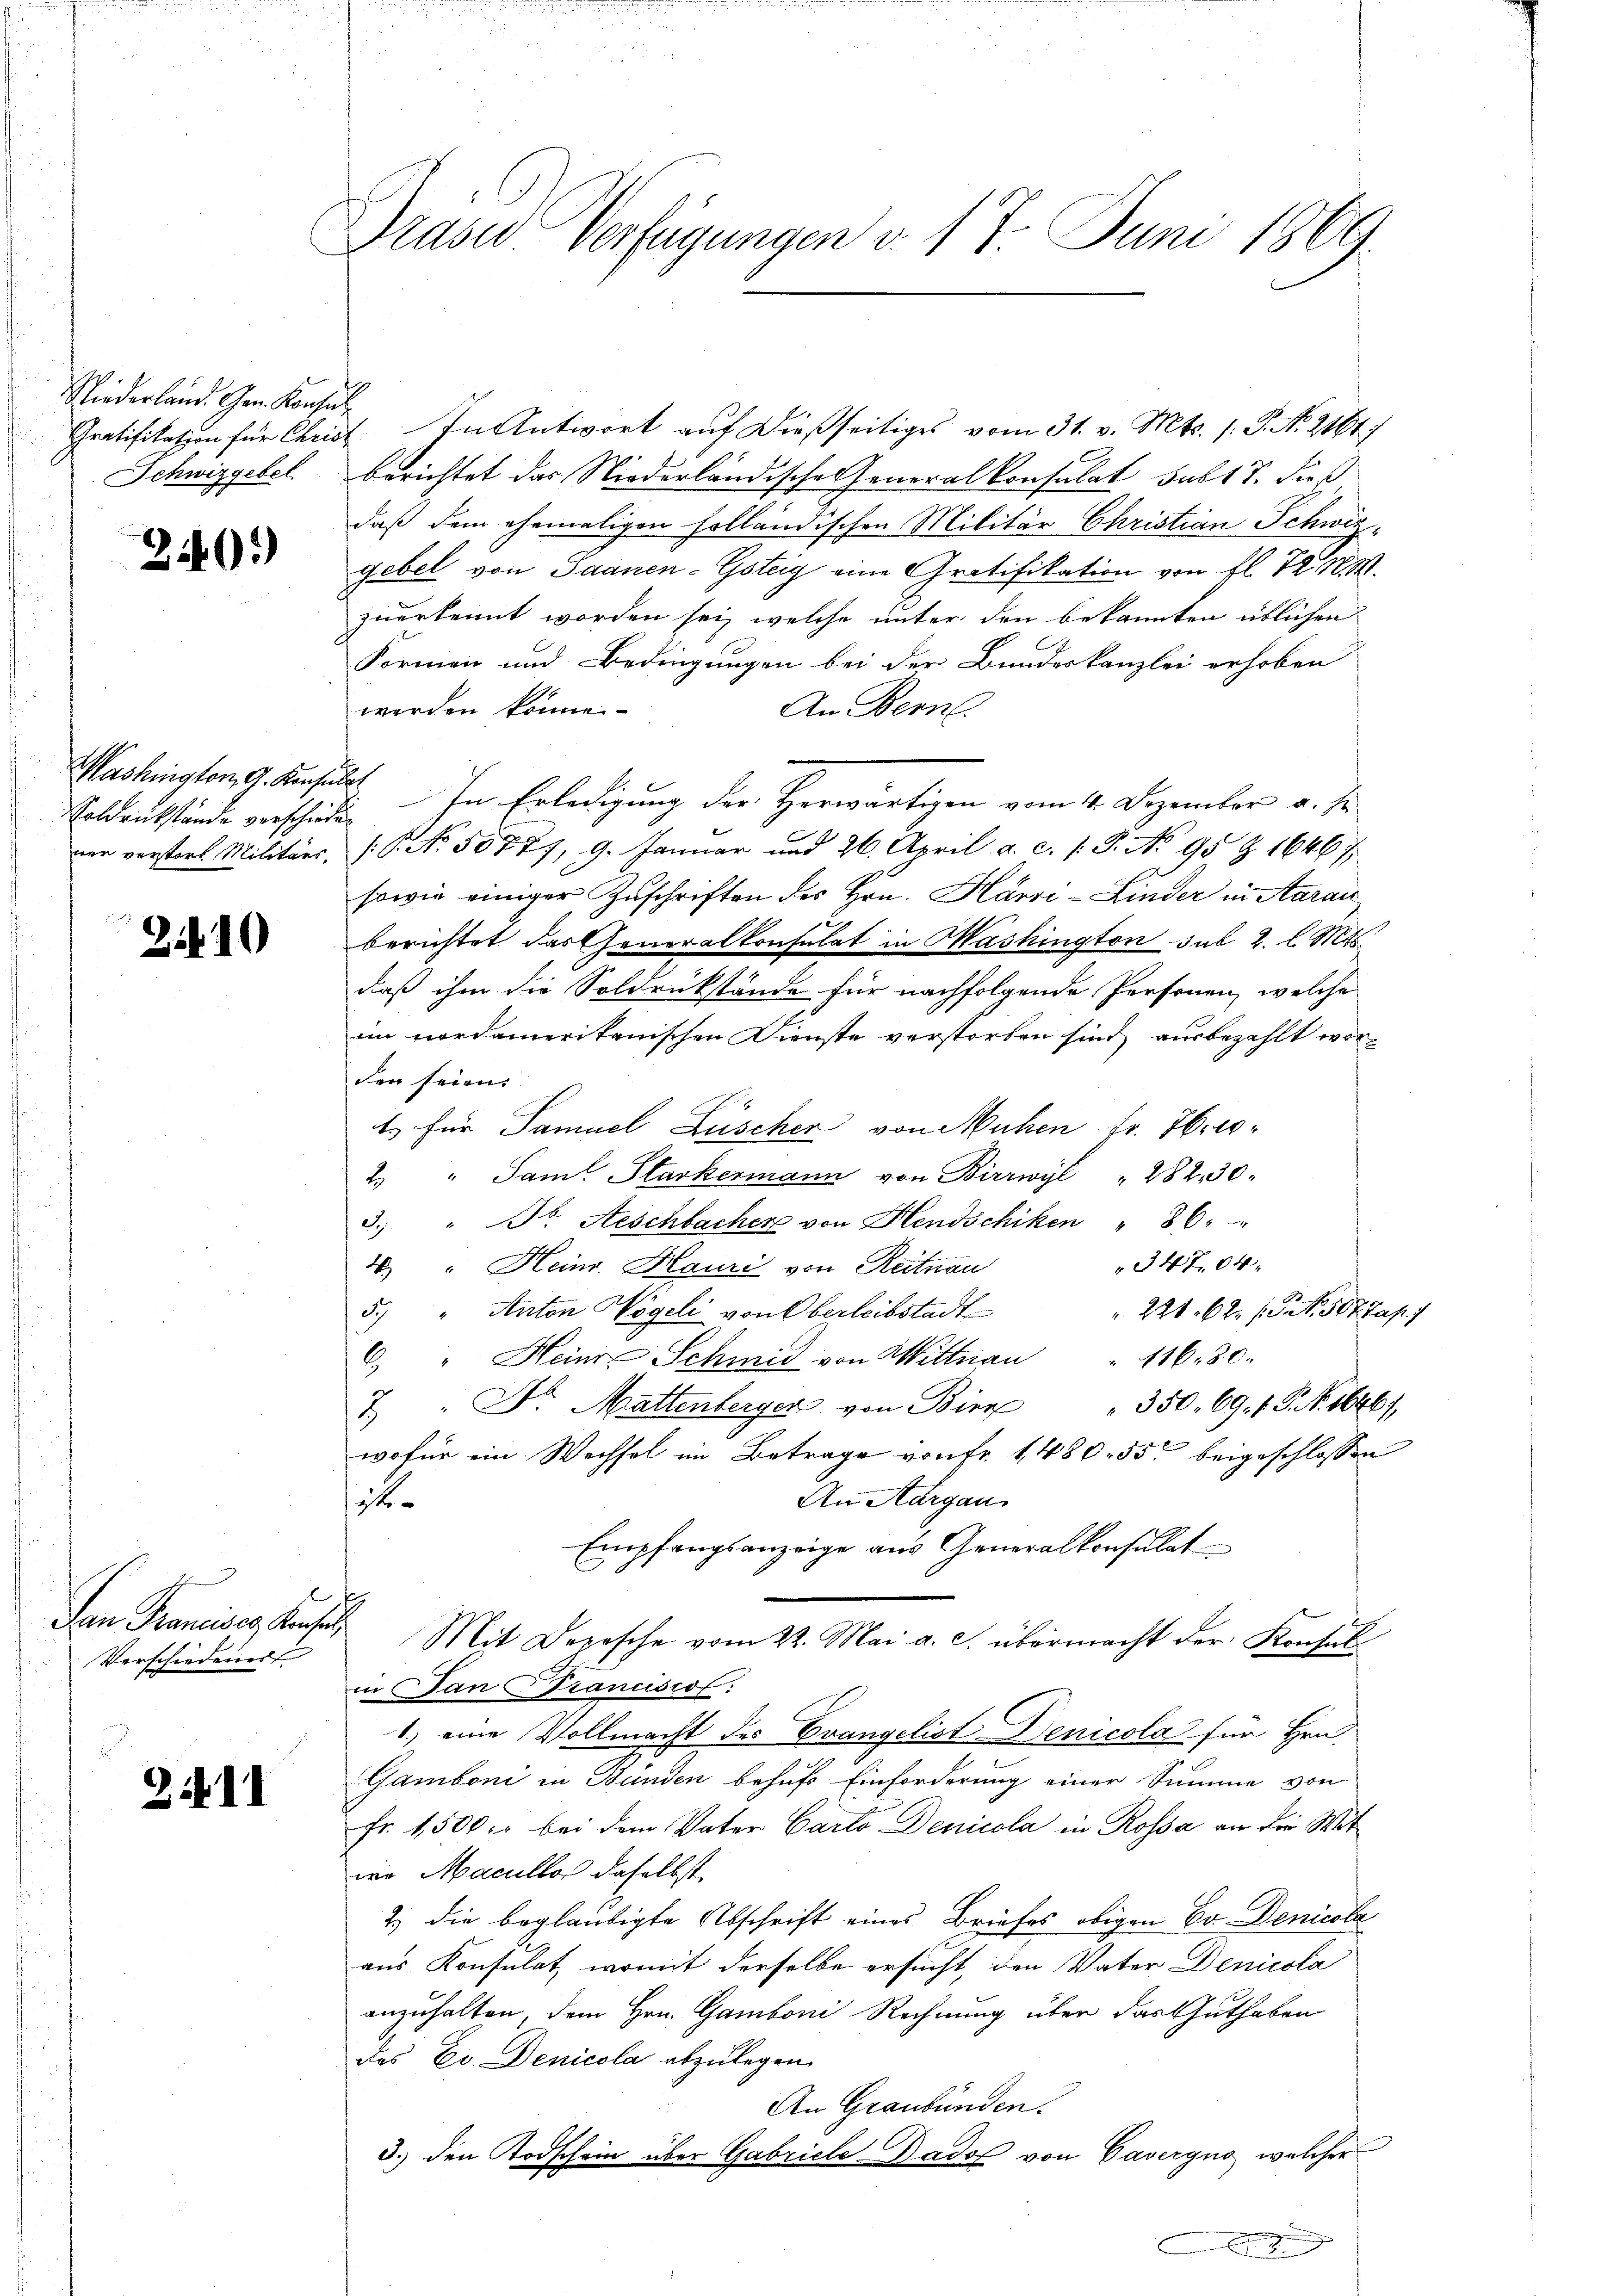
Niederland. Gen. Konse
Gratifikation für Chris
Schwizgebet

240)

Mashington G. Konsen.
Soldrückstände verschied
ner verstorf Militärs,

2410

Jan Francises Konsul
Verschiedener

2.II

Grand Verfügungen v. 17. Juni 1869.

1. In Antwort auf dießseitiges vom 31. v. Mts. 1. P. Nr. 2161)
berichtet das Niederländische Generalkonsulat habt 7. dieß
daß dem ehemaligen holländischen Militär Christian Schwizgebet von Saanen-Gsteig eine Gratifikation von fl. 12. N. M.
zuerkennt worden sei, welche unter den bekannten üblichen
Formen und Bedingungen bei der Bundeskanzlei erhoben
werden könne
An Bern.
E
? In Erledigung der Horwärtigen vom 4. Dezember v. Js.
.P. Nr. 50877, 9. Januar und 26. April a. c. (T. No 95 Z 16467
sowie einiger Zuschriften des Hrn. Härri-Linder in Aarau
berichtet das Generalkonsulat in Washington sub 2. l. Mts.
daß ihm die Soldrükstände für nachfolgende Personen, welche
ein nordamerikanischen Dienste verstorben sind, ausbezahlt worden seien.
4. für Samuel Lüscher von Mühen Fr. Hrro¬
2 " Saml. Starkermann von Birrwyl " 282, 30.
3. " Dr Aeschbacher von Hendschiken " 86
347,04
4. " Heinr. Hauri von Reitnau
5.) " Anton Vögeli von Oberleibstadt
228. 62. (T. N. 507 das
6. " Heinr. Schmid von Wittnau " 116. 80.
350. 69. 1. P. No. 1646/
7 " Dr. Mattenberger von Bier
wofür ein Wechsel im Betrage von Fr. 1480. 55 beigeschlossen
An Aargau
it
Empfangsanzeige aus Generalkonsulat
Mit Depesche vom 22. Mai a. c. übermacht der Konsul
in an Franciscot:
1) eine Vollmacht des Evangelist Denicola für Hrn.
Gamboni in Bunden behufs Einforderung einer Summe von
fr. 1,500. r bei dem Vater Carlo Denicola in Rossa an die Mitwe Macultos daselbst
2.) die beglaubigte Abschrift eines Briefes obigen Hr. Denicola
aus Konsulat, womit derselbe ersucht, den Vater Denicola
anzuhalten, dem Hrn. Gamboni Rechnung über das Guthaben
das Ev. Denicola abzulegen.
An Graubünden.
3.) den Todschein über Gabriele Badof von Cavergno, welcher
E